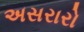
અસરારો